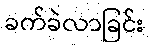
ခက်ခဲလာခြင်း